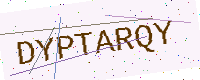
Text: DYPTARQY